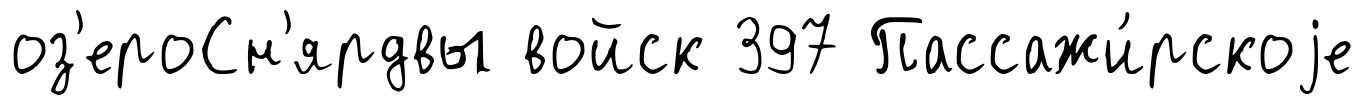
оз'ероСн'ярдвы войск 397 Пассажи́рскоjе